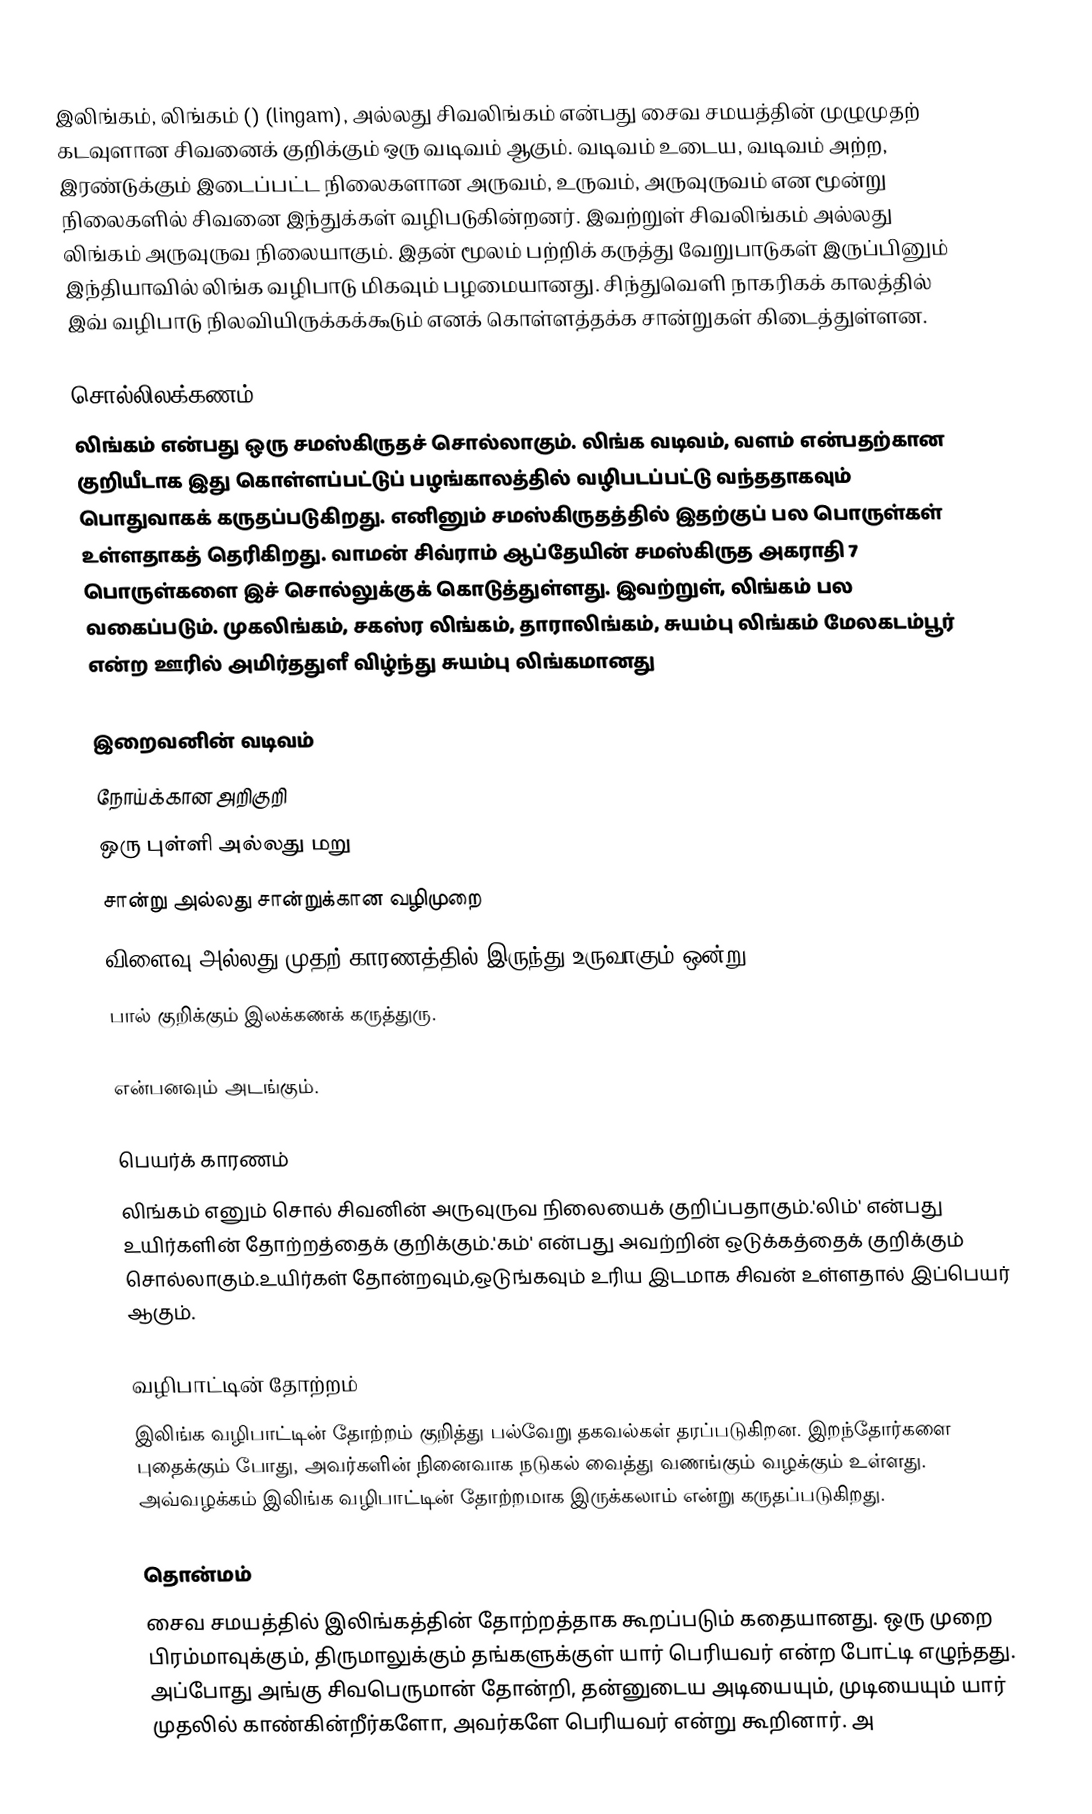
இலிங்கம், லிங்கம் () (lingam), அல்லது சிவலிங்கம் என்பது சைவ சமயத்தின் முழுமுதற் கடவுளான சிவனைக் குறிக்கும் ஒரு வடிவம் ஆகும். வடிவம் உடைய, வடிவம் அற்ற, இரண்டுக்கும் இடைப்பட்ட நிலைகளான அருவம், உருவம், அருவுருவம் என மூன்று நிலைகளில் சிவனை இந்துக்கள் வழிபடுகின்றனர். இவற்றுள் சிவலிங்கம் அல்லது லிங்கம் அருவுருவ நிலையாகும். இதன் மூலம் பற்றிக் கருத்து வேறுபாடுகள் இருப்பினும் இந்தியாவில் லிங்க வழிபாடு மிகவும் பழமையானது. சிந்துவெளி நாகரிகக் காலத்தில் இவ் வழிபாடு நிலவியிருக்கக்கூடும் எனக் கொள்ளத்தக்க சான்றுகள் கிடைத்துள்ளன.

சொல்லிலக்கணம்
லிங்கம் என்பது ஒரு சமஸ்கிருதச் சொல்லாகும். லிங்க வடிவம், வளம் என்பதற்கான குறியீடாக இது கொள்ளப்பட்டுப் பழங்காலத்தில் வழிபடப்பட்டு வந்ததாகவும் பொதுவாகக் கருதப்படுகிறது. எனினும் சமஸ்கிருதத்தில் இதற்குப் பல பொருள்கள் உள்ளதாகத் தெரிகிறது. வாமன் சிவ்ராம் ஆப்தேயின் சமஸ்கிருத அகராதி 7 பொருள்களை இச் சொல்லுக்குக் கொடுத்துள்ளது. இவற்றுள், லிங்கம் பல வகைப்படும். முகலிங்கம், சகஸ்ர லிங்கம், தாராலிங்கம், சுயம்பு லிங்கம் மேலகடம்பூர் என்ற ஊரில் அமிர்ததுளீ விழ்ந்து சுயம்பு லிங்கமானது

 இறைவனின் வடிவம்
 நோய்க்கான அறிகுறி
 ஒரு புள்ளி அல்லது மறு
 சான்று அல்லது சான்றுக்கான வழிமுறை
 விளைவு அல்லது முதற் காரணத்தில் இருந்து உருவாகும் ஒன்று.
 பால் குறிக்கும் இலக்கணக் கருத்துரு.

என்பனவும் அடங்கும்.

பெயர்க் காரணம்
லிங்கம் எனும் சொல் சிவனின் அருவுருவ நிலையைக் குறிப்பதாகும்.'லிம்' என்பது உயிர்களின் தோற்றத்தைக் குறிக்கும்.'கம்' என்பது அவற்றின் ஒடுக்கத்தைக் குறிக்கும் சொல்லாகும்.உயிர்கள் தோன்றவும்,ஒடுங்கவும் உரிய இடமாக சிவன் உள்ளதால் இப்பெயர் ஆகும்.

வழிபாட்டின் தோற்றம்
இலிங்க வழிபாட்டின் தோற்றம் குறித்து பல்வேறு தகவல்கள் தரப்படுகிறன. இறந்தோர்களை புதைக்கும் போது, அவர்களின் நினைவாக நடுகல் வைத்து வணங்கும் வழக்கும் உள்ளது. அவ்வழக்கம் இலிங்க வழிபாட்டின் தோற்றமாக இருக்கலாம் என்று கருதப்படுகிறது.

தொன்மம்
சைவ சமயத்தில் இலிங்கத்தின் தோற்றத்தாக கூறப்படும் கதையானது. ஒரு முறை பிரம்மாவுக்கும், திருமாலுக்கும் தங்களுக்குள் யார் பெரியவர் என்ற போட்டி எழுந்தது. அப்போது அங்கு சிவபெருமான் தோன்றி, தன்னுடைய அடியையும், முடியையும் யார் முதலில் காண்கின்றீர்களோ, அவர்களே பெரியவர் என்று கூறினார். அ